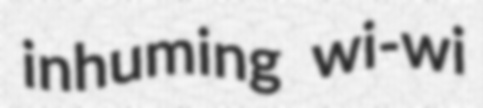
inhuming wi-wi